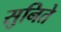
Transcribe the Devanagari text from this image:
सुनिते